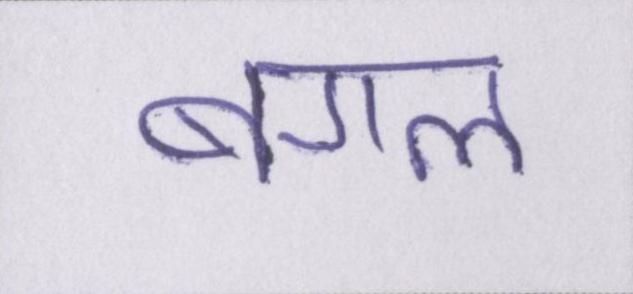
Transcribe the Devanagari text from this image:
बगल